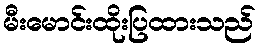
မီးမောင်းထိုးပြထားသည်